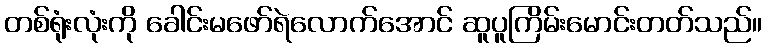
တစ်ရုံးလုံးကို ခေါင်းမဖော်ရဲလောက်အောင် ဆူပူကြိမ်းမောင်းတတ်သည်။